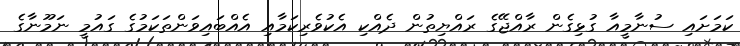
ކަމަށައި ސުނާމީއާ ގުޅިގެން ރާއްޖޭގެ ރައްޔިތުން ދެއްކި އެކުވެރިކަމާއި އެއްބައިވަންތަކަމުގެ ގައުމީ ނަމޫނާގެ